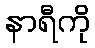
နာရီကို